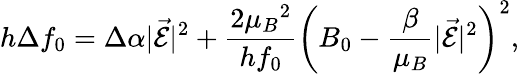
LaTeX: h\Delta f_{0}=\Delta\alpha|\vec{\mathcal{E}}|^{2}+\frac{2{\mu_{B}}^{2}}{hf_{0}}\left(B_{0}-\frac{\beta}{\mu_{B}}|\vec{\mathcal{E}}|^{2}\right)^{2},